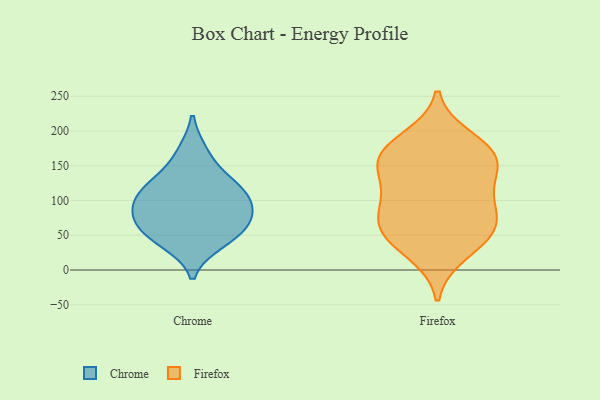
{"axis": {"x": "Temperature (°C)", "y": "Value"}, "legend": ["Chrome", "Firefox"], "data": [{"x": "", "y": 92, "type": "Chrome"}, {"x": "", "y": 169, "type": "Chrome"}, {"x": "", "y": 128, "type": "Chrome"}, {"x": "", "y": 113, "type": "Chrome"}, {"x": "", "y": 116, "type": "Chrome"}, {"x": "", "y": 56, "type": "Chrome"}, {"x": "", "y": 80, "type": "Chrome"}, {"x": "", "y": 53, "type": "Chrome"}, {"x": "", "y": 40, "type": "Chrome"}, {"x": "", "y": 82, "type": "Chrome"}, {"x": "", "y": 43, "type": "Firefox"}, {"x": "", "y": 158, "type": "Firefox"}, {"x": "", "y": 140, "type": "Firefox"}, {"x": "", "y": 109, "type": "Firefox"}, {"x": "", "y": 168, "type": "Firefox"}, {"x": "", "y": 158, "type": "Firefox"}, {"x": "", "y": 62, "type": "Firefox"}, {"x": "", "y": 64, "type": "Firefox"}, {"x": "", "y": 108, "type": "Firefox"}, {"x": "", "y": 84, "type": "Firefox"}, {"x": "", "y": 60, "type": "Firefox"}, {"x": "", "y": 189, "type": "Firefox"}, {"x": "", "y": 24, "type": "Firefox"}, {"x": "", "y": 170, "type": "Firefox"}]}